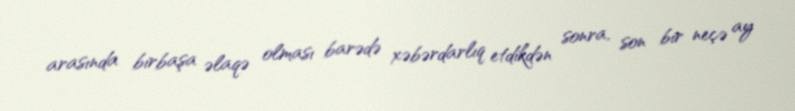
arasında birbaşa əlaqə olması barədə xəbərdarlıq etdikdən sonra, son bir neçə ay